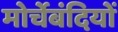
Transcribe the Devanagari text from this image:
मोर्चेबंदियों